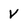
Character: V